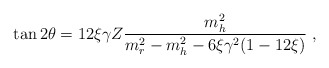
\begin{align*}\tan 2 \theta = 12 \xi \gamma Z \frac{m^2 _h}{m^2_r-m^2_h - 6 \xi \gamma^2 (1 -12 \xi)} \hbox{ , }\end{align*}